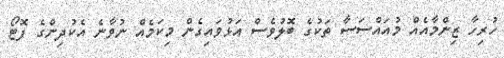
ހުރިހާ ޒިންމާއެއް މުއައްސަސާ ތަކުގެ ބޮލުވެސް އަޅުވައިގެން މިކަމެއް ނުވާނެ އެކުދިންގެ ފޮޓޯ